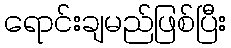
ရောင်းချမည်ဖြစ်ပြီး